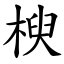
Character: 楰